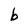
Character: b